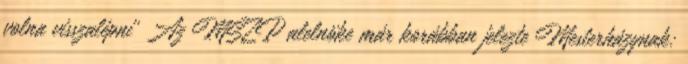
volna visszalépni' Az MSZP alelnöke már korábban jelezte Mesterházynak: